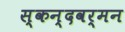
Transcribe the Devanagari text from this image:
स्कन्दवर्मन